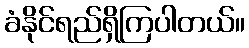
ခံနိုင်ရည်ရှိကြပါတယ်။